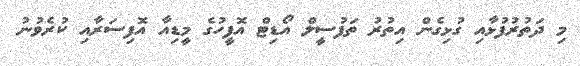
މި ދަތުރުފުޅާއި ގުޅިގެން އިތުރު ތަފުސީލް އޯޑިޓް އޮފީހުގެ މީޑިއާ އޮފިސަރާއި ކުރެވުނު